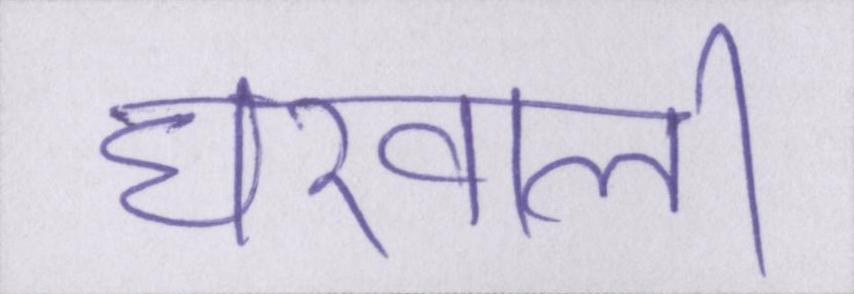
घरवाली